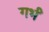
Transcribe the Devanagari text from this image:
गर्भं